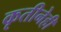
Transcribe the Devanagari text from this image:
कृतीनेही